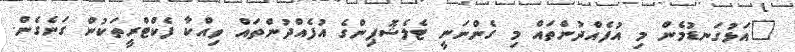
"އަޅުގަނޑުމެން މި އުފެއްދުންތައް މި ގެންނަނީ ޓެލެޝޮޕިންގެ އުފެއްދުންތައް ވިއްކާ ފެކްޓްރީތަކުން ގަނެގެން.